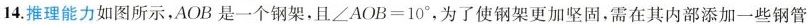
14.推理能力如图所示，AOB是一个钢架，且$$\angle A O B = 1 0 °$$，为了使钢架更加坚固，需在其内部添加一些钢管